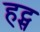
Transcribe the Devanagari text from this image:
हट्स